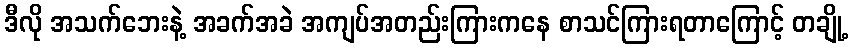
ဒီလို အသက်ဘေးနဲ့ အခက်အခဲ အကျပ်အတည်းကြားကနေ စာသင်ကြားရတာကြောင့် တချို့